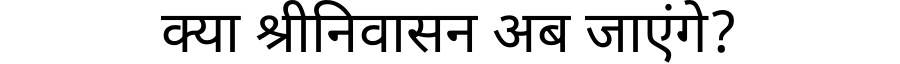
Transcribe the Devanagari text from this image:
क्या श्रीनिवासन अब जाएंगे?